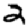
Digit: 2